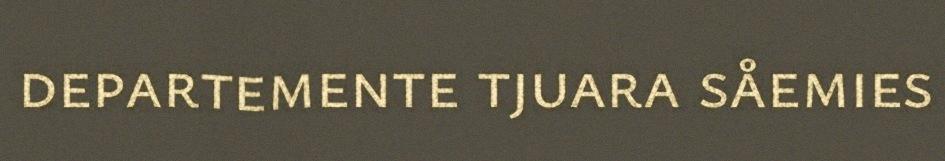
departemente tjuara såemies